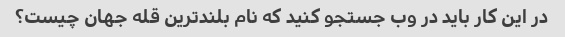
در این کار باید در وب جستجو کنید که نام بلندترین قله جهان چیست؟